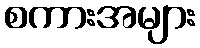
စကားအများ